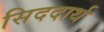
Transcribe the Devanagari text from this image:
सिददार्थ